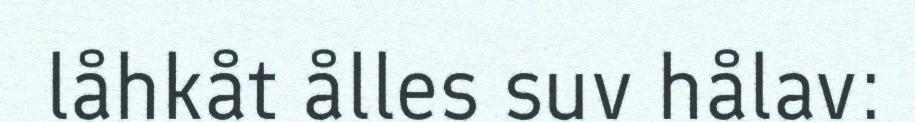
låhkåt ålles suv hålav: